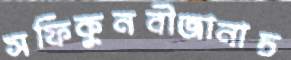
সফিকুনবীজানাচ